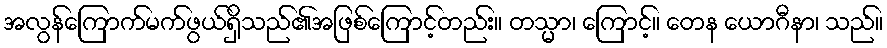
အလွန်ကြောက်မက်ဖွယ်ရှိသည်၏အဖြစ်ကြောင့်တည်း။ တသ္မာ၊ ကြောင့်။ တေန ယောဂီနာ၊ သည်။